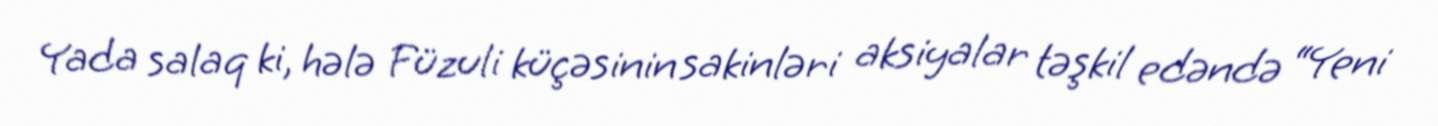
Yada salaq ki, hələ Füzuli küçəsinin sakinləri aksiyalar təşkil edəndə “Yeni